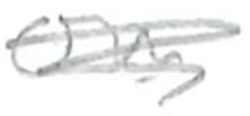
Text: in
Cross-out: scratch
Writing tool: pencil